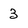
Character: 3